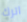
اترك